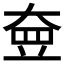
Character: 𡘵